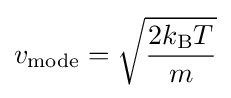
v_{\mathrm {mode} }={\sqrt {\frac {2k_{\text{B}}T}{m}}}